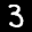
Label: 3